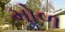
મોળ